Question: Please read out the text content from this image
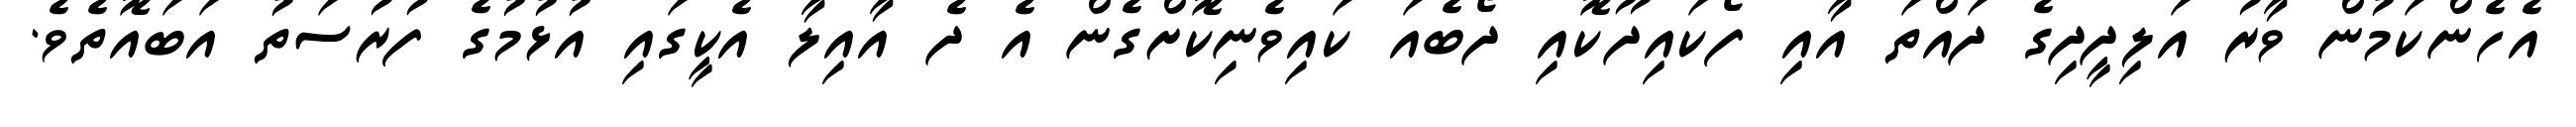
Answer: އެހެންކަމުން ވާރު އަލިދީދިގެ ދައްތަ އާއި ފޯކައިދޫކޮއި ދޯބެއަ ކައިވެނިކޮށްގެން އެ ދެ އާއިލާ އެކީގައި އުޅުމުގެ ފުރުސަތު އަބައޮތެވެ.